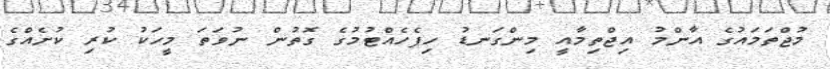
މުޖްތަމައުގެ އާންމު އިޖްތިމާއީ މިންގަނޑު ހިފެހެއްޓުމުގެ ގޮތުން ނުވަތަ މީހަކު ކުރި ކުށެއްގެ